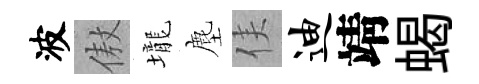
波傲壠塵侯迪靖蝎